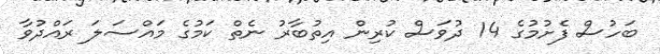
ބަހުސް ފެށުމުގެ 14 ދުވަސް ކުރިން އިތުބާރު ނެތް ކަމުގެ މައްސަލަ ރައްދުވާ